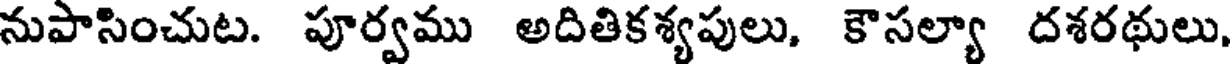
నుపాసించుట. పూర్వము అదితికశ్యపులు, కౌసల్యా దశరథులు,